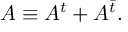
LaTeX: A \equiv A ^ { t } + A ^ { \bar { t } } .